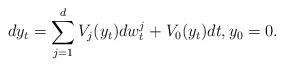
LaTeX: \begin{align*} dy_t = \sum_{j=1}^d V_j (y_t) dw_t^j + V_0 (y_t) dt, y_0 =0.\end{align*}